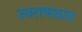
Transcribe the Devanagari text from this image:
उत्तराषाढात